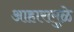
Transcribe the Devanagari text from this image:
आहारामुळे